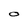
Character: O